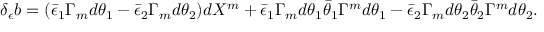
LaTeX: \delta _ { \epsilon } b = ( \bar { \epsilon } _ { 1 } \Gamma _ { m } d \theta _ { 1 } - \bar { \epsilon } _ { 2 } \Gamma _ { m } d \theta _ { 2 } ) d X ^ { m } + \bar { \epsilon } _ { 1 } \Gamma _ { m } d \theta _ { 1 } \bar { \theta } _ { 1 } \Gamma ^ { m } d \theta _ { 1 } - \bar { \epsilon } _ { 2 } \Gamma _ { m } d \theta _ { 2 } \bar { \theta } _ { 2 } \Gamma ^ { m } d \theta _ { 2 } .